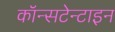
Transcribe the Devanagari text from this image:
कॉन्सटेन्टाइन